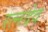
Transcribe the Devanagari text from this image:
रत्नदेव